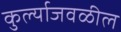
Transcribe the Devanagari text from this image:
कुर्ल्याजवळील